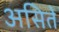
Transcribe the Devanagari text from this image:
असितें